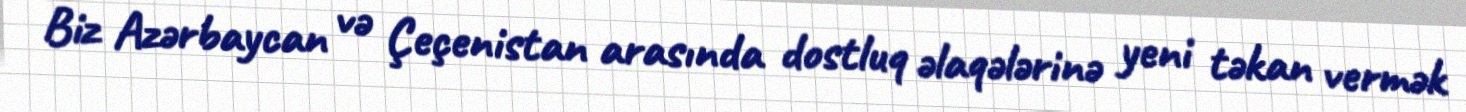
Biz Azərbaycan və Çeçenistan arasında dostluq əlaqələrinə yeni təkan vermək